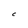
Character: C